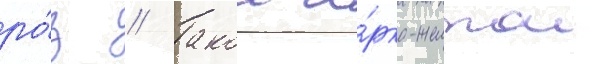
ро́з // Такои я́рко-желтои